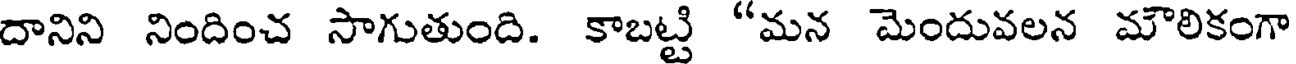
దానిని నిందించ సాగుతుంది. కాబట్టి "మన మెందువలన మౌలికంగా